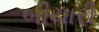
બીચારી